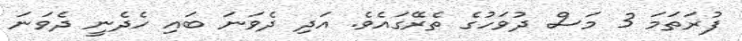
ފުރަތަމަ 3 މަސް ދުވަހުގެ ތެރޭގައެވެ. އަދި ދެވަނަ ބައި ހެދެނީ ދެވަނަ